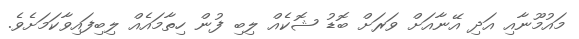
މައުމޫނާއި އަދި އޭނާއަށް ވަރަށް ބޮޑު ޝޮކެއް ލިބި ފުން ހިތާމައެއް ލިބިފައިވާކަމަށެވެ.